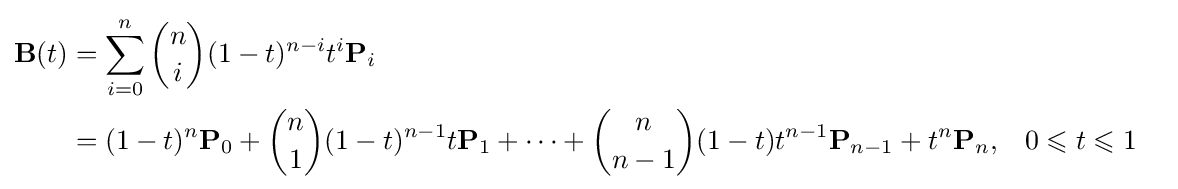
{\begin{aligned}\mathbf {B} (t)&=\sum _{i=0}^{n}{n \choose i}(1-t)^{n-i}t^{i}\mathbf {P} _{i}\\&=(1-t)^{n}\mathbf {P} _{0}+{n \choose 1}(1-t)^{n-1}t\mathbf {P} _{1}+\cdots +{n \choose n-1}(1-t)t^{n-1}\mathbf {P} _{n-1}+t^{n}\mathbf {P} _{n},&&0\leqslant t\leqslant 1\end{aligned}}